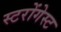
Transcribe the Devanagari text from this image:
स्टरोंगेस्ट